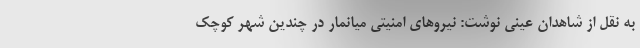
به نقل از شاهدان عینی نوشت: نیروهای امنیتی میانمار در چندین شهر کوچک